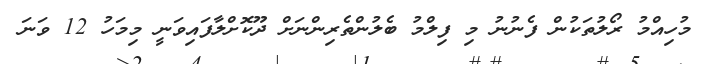
މުހިއްމު ރޯލުތަކުން ފެނުނު މި ފިލްމު ބެލުންތެރިންނަށް ދޫކޮށްލާފައިވަނީ މިމަހު 12 ވަނަ